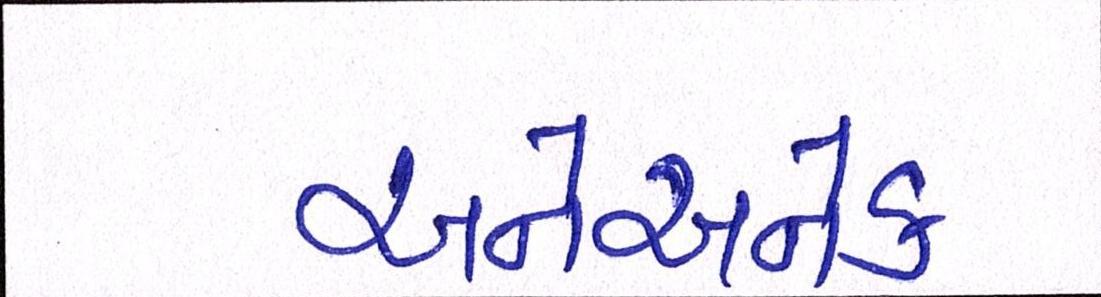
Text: અનેઅનેક